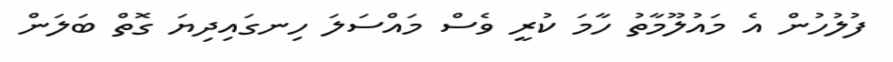
ފުލުހުން އެ މައުލޫމާތު ހާމަ ކުރީ ވެސް މައްސަލަ ހިނގައިދިޔަ ގޮތް ބަލަން